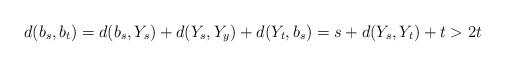
LaTeX: \begin{align*}d(b_s,b_t) = d(b_s,Y_s)+d(Y_s,Y_y)+d(Y_t,b_s) = s + d(Y_s,Y_t) + t > 2t \end{align*}